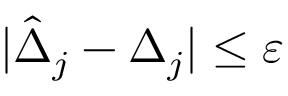
| \hat { \Delta } _ { j } - \Delta _ { j } | \leq \varepsilon